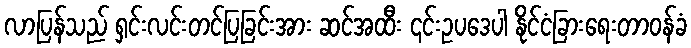
လာပြန်သည် ရှင်းလင်းတင်ပြခြင်းအား ဆင်အထီး ၎င်းဥပဒေပါ နိုင်ငံခြားရေးတာဝန်ခံ